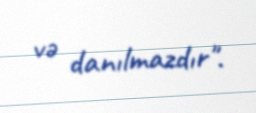
və danılmazdır".